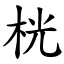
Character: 桄